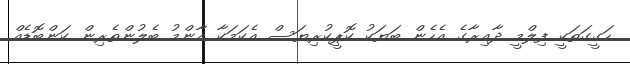
ހަގީގަތަކީ ފިލްމީ ދާއިރާގެ އެހެން ބަޔަކު ކޮޕީކުރިޔަސް އެކަމަކާ އާންމު ބެލުންތެރިން ކަންބޮޑެއް